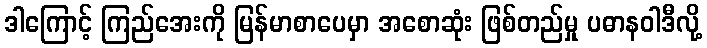
ဒါကြောင့် ကြည်အေးကို မြန်မာစာပေမှာ အစောဆုံး ဖြစ်တည်မှု ပဓာနဝါဒီလို့